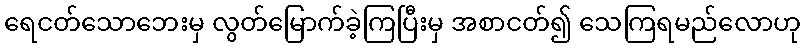
ရေငတ်သောဘေးမှ လွတ်မြောက်ခဲ့ကြပြီးမှ အစာငတ်၍ သေကြရမည်လောဟု